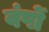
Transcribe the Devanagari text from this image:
वंषों